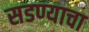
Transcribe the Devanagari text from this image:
सडण्याचा